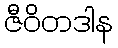
ဇီဝိတဒါန